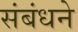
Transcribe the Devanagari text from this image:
संबंधने